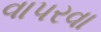
વાપરવા